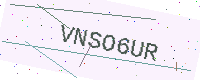
Text: VNSO6UR